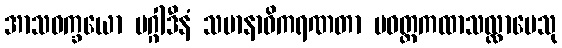
အာသဝက္ခယော မဂ္ဂါဒီနံ သမာနာဓိကရဏတာ ပဝတ္တကထာသလ္လာပေသု